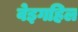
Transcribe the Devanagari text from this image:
वेइगहिल